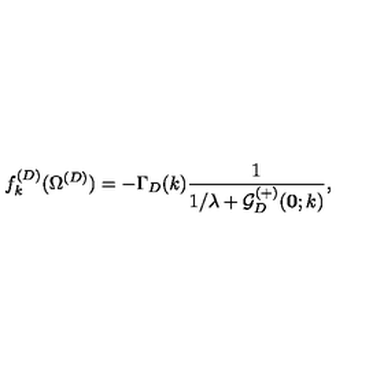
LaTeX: f _ { k } ^ { ( D ) } ( \Omega ^ { ( { D } ) } ) = - \Gamma _ { { D } } ( k ) \frac { 1 } { 1 / \lambda + { \mathcal G } _ { { D } } ^ { ( + ) } ( { \bf 0 } ; k ) } ,